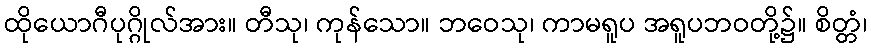
ထိုယောဂီပုဂ္ဂိုလ်အား။ တီသု၊ ကုန်သော။ ဘဝေသု၊ ကာမရူပ အရူပဘဝတို့၌။ စိတ္တံ၊